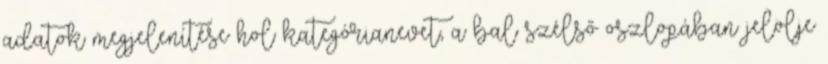
adatok megjelenítése hol kategórianevet, a bal szélső oszlopában jelölje